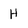
Character: H